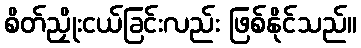
စိတ်ညှိုးငယ်ခြင်းလည်း ဖြစ်နိုင်သည်။